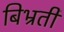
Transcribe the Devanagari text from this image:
बिभ्रती